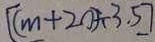
[ ( m + 2 0 ) \div 3 . 5 ]